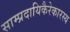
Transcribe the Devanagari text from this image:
साम्प्रदायिकैरेकारस्य